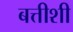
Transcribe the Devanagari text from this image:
बत्तीशी